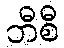
ဘီစီ